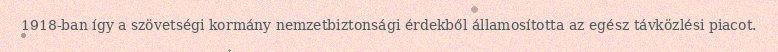
1918-ban így a szövetségi kormány nemzetbiztonsági érdekből államosította az egész távközlési piacot.